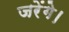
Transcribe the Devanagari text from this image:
जरेंगे।